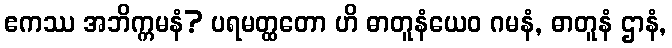
ဧကဿ အဘိက္ကမနံ? ပရမတ္ထတော ဟိ ဓာတူနံယေဝ ဂမနံ, ဓာတူနံ ဌာနံ,